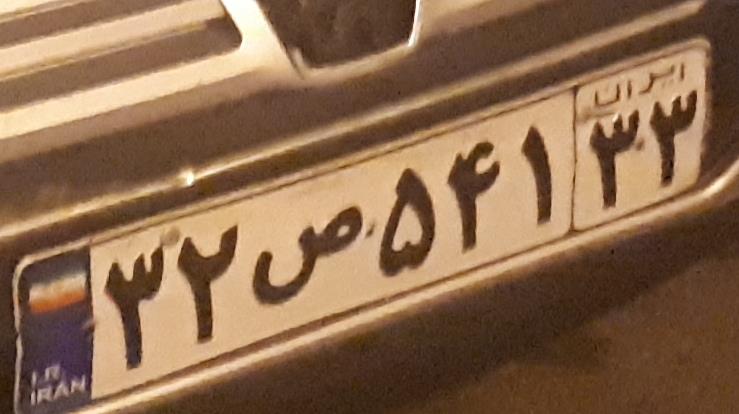
۳۲ص۵۴۱۳۳